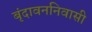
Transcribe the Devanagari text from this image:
बृंदावननिवासी